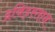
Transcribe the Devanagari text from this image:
द्रविड़स्तान